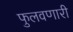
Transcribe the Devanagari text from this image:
फुलवणारी